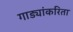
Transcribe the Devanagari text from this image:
गाड्यांकरिता